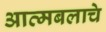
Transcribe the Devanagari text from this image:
आत्मबलाचे